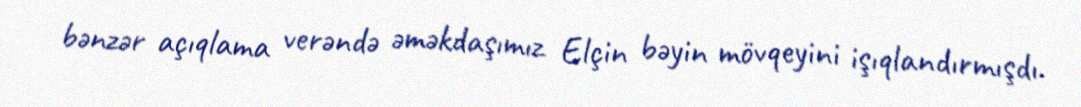
bənzər açıqlama verəndə əməkdaşımız Elçin bəyin mövqeyini işıqlandırmışdı.